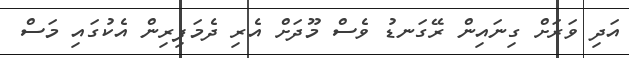
އަދި ވަރަށް ގިނައިން ރޭގަނޑު ވެސް މޫދަށް އެރި ދެމަފިރިން އެކުގައި މަސް